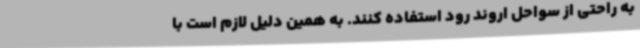
به راحتی از سواحل اروند رود استفاده کنند. به همین دلیل لازم است با